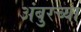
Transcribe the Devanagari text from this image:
अंबुरच्या